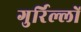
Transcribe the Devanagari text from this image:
गुर्रिल्लों